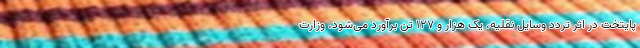
پایتخت در اثر تردد وسایل نقلیه، یک هزار و ۱۲۷ تُن برآورد می‌شود. وزارت